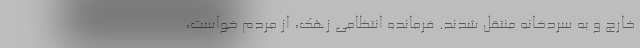
خارج و به سردخانه منتقل شدند. فرمانده انتظامی زهک، از مردم خواست،